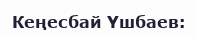
Кеңесбай Үшбаев: